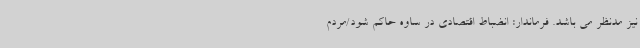
نیز مدنظر می باشد. فرماندار: انضباط اقتصادی در ساوه حاکم شود/مردم